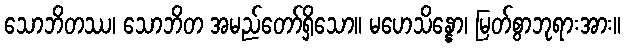
သောဘိတဿ၊ သောဘိတ အမည်တော်ရှိသော။ မဟေသိန္နော၊ မြတ်စွာဘုရားအား။